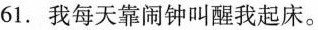
61.我每天靠闹钟叫醒我起床。